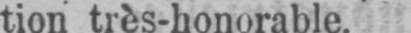
tion très-honorable.